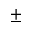
\pm